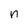
Character: n